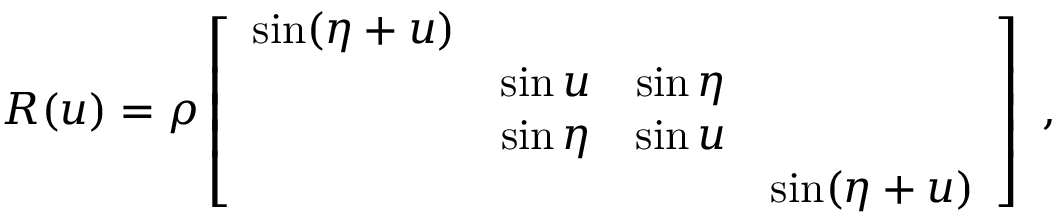
{ \cal R } ( u ) = \rho \left[ \begin{array} { c c c c } { { \sin ( \eta + u ) } } & { { } } & { { } } & { { } } \\ { { } } & { { \sin u } } & { { \sin \eta } } & { { } } \\ { { } } & { { \sin \eta } } & { { \sin u } } & { { } } \\ { { } } & { { } } & { { } } & { { \sin ( \eta + u ) } } \end{array} \right] ~ ,